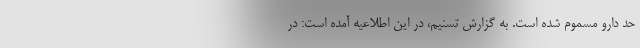
حد دارو مسموم شده است. به گزارش تسنیم، در این اطلاعیه آمده است: در